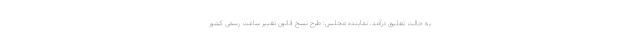
به حالت تعلیق درآمد. نماینده مجلس: طرح نسخ قانون تغییر ساعت رسمی کشور